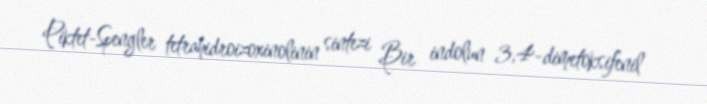
Piktet-Spengler tetrahidroizoxinolinin sintezi Bir indolun 3,4-dimetoksifenil